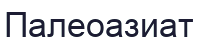
Палеоазиат